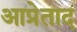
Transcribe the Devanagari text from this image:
आप्रेताद